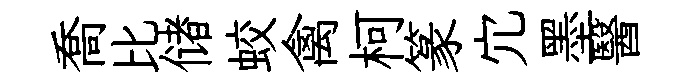
喬比储蛟禽柯篆宂墨醫